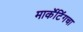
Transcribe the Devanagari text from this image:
मार्केटिंगचा